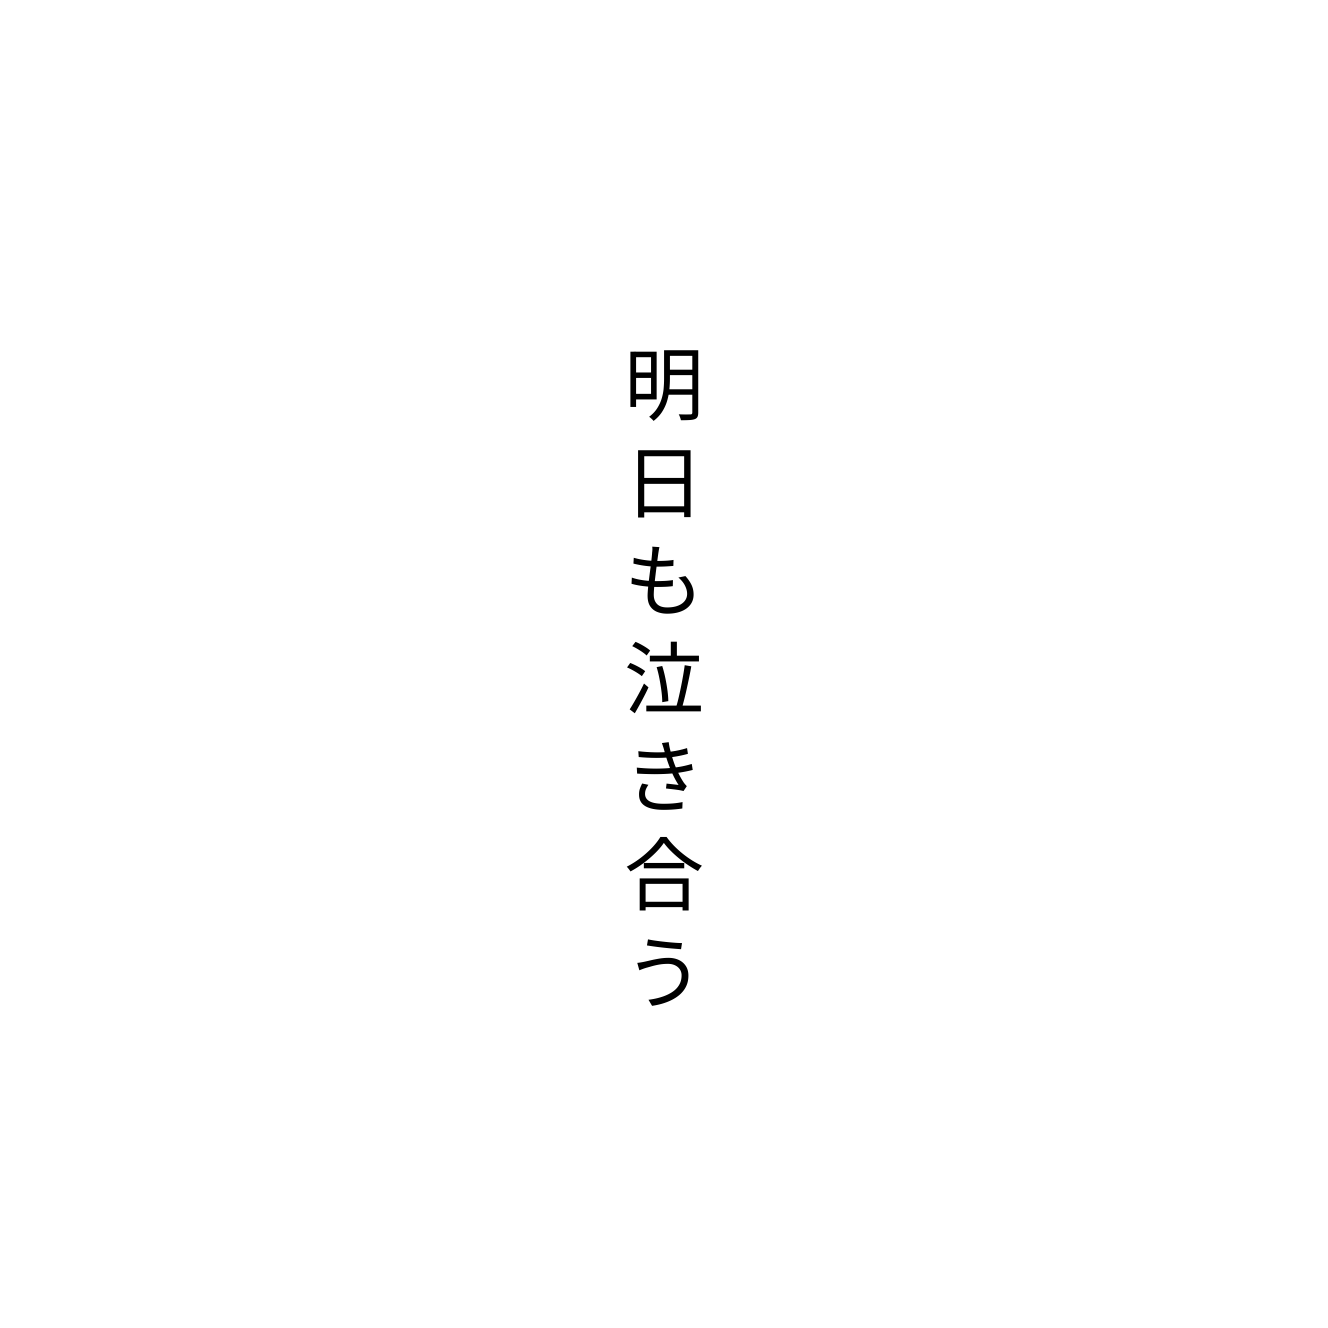
明日も泣き合う